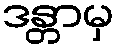
ဒန္တာမှ